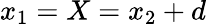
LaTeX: x_{1}=X=x_{2}+d